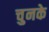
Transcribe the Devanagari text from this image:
चुनके